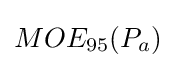
MOE_{95}(P_{a})